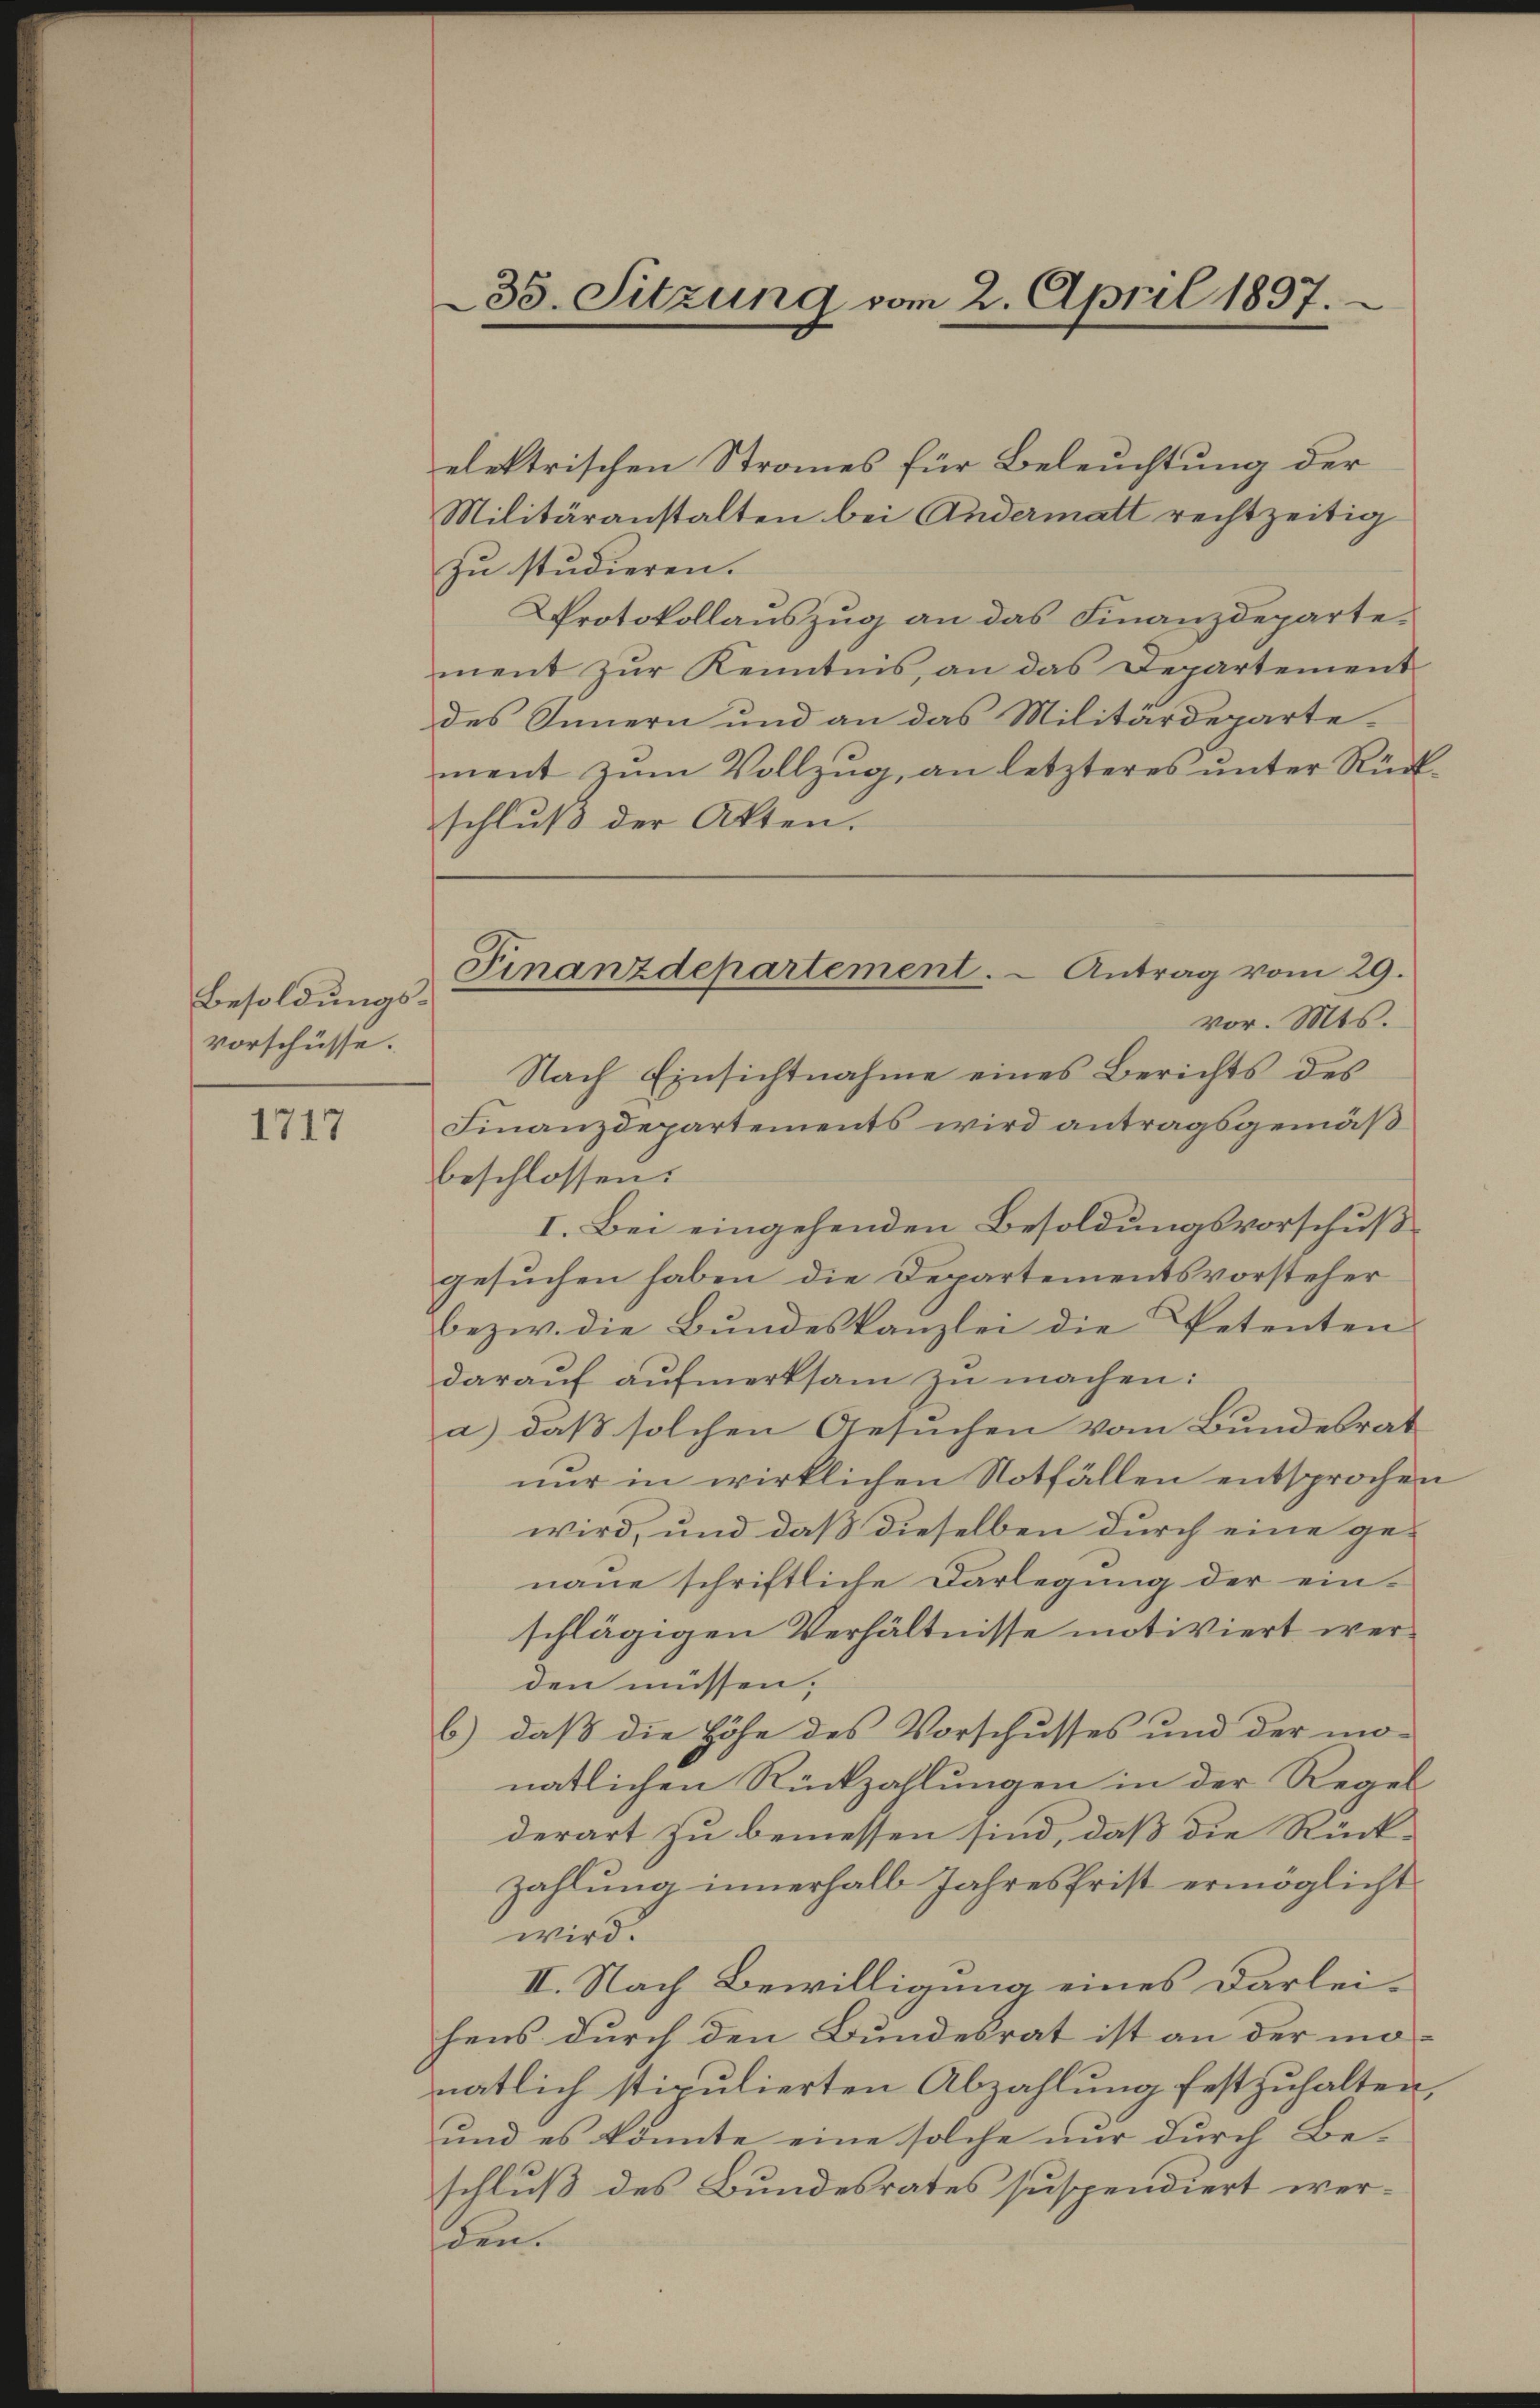
Besoldungsvorschüsse.

1717

35. Sitzung vom 2. April 1897.

Finanzdepartement. - Antrag vom 29.
vor. Mts.

elektrischen Straues für Beleuchtung der
Militäranstalten bei Andermatt rechtzeitig
zu studieren.
Protokollauszug an das Finanzdepartement zŭr Kenntnis, an das Departement
des Innern und an das Militärdepartement zum Vollzug, an letzteres unter Rück
schluß der Akten.
Nach Einsichtnahme eines Berichts des
Finanzdepartements wird antragsgemäß
beschlossen:
I. Bei eingehenden Besoldungsvorschußgesuchen haben die Departementsvorsteher
bezw. die Bundeskanzlei die Petenten-
darauf aufmerksam zu machen:
a) daß solchen Gesuchen vom Bundesrat
nur in wirklichen Notfällen entsprochewird, und daß dieselben durch eine genaue schriftliche Darlegung der einschlägigen Verhältnisse motiviert werden müssen;
b.) daß die Höhe des Vorschusses und der mo-
natlichen Rückzahlungen in der Regel
derart zu bemessen sind, daß die Rückzahlung innerhalb Jahresfrist ermöglicht
wird.
II. Nach Bewilligung eines Darleihens durch den Bundesrat ist an der mo-
natlich stipulierten Abzahlung festzuhalten,
und es könnte eine solche nur durch Beschluß des Bundesrates suspendiert wer-
den.